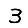
Digit: 3